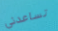
تساعدني